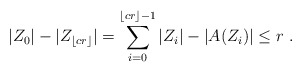
\begin{align*}|Z_{0}|-|Z_{\lfloor cr\rfloor}| = \sum_{i=0}^{\lfloor cr\rfloor-1} |Z_{i}|-|A(Z_{i})| \leq r ~.\end{align*}